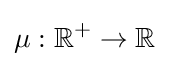
\mu :\mathbb {R} ^{+}\to \mathbb {R}